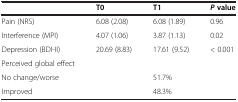
<table><thead><tr><td><b> </b></td><td><b>T0</b></td><td><b>T1</b></td><td><b><i>P </i>value</b></td></tr></thead><tbody><tr><td>Pain (NRS)</td><td>6.08 (2.08)</td><td>6.08 (1.89)</td><td>0.96</td></tr><tr><td>Interference (MPI)</td><td>4.07 (1.06)</td><td>3.87 (1.13)</td><td>0.02</td></tr><tr><td>Depression (BDI-II)</td><td>20.69 (8.83)</td><td>17.61 (9.52)</td><td>&lt; 0.001</td></tr><tr><td>Perceived global effect</td><td> </td><td> </td><td> </td></tr><tr><td>No change/worse</td><td> </td><td>51.7%</td><td> </td></tr><tr><td>Improved</td><td> </td><td>48.3%</td><td> </td></tr></tbody></table>